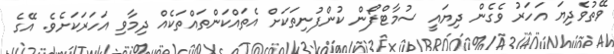
ވޭތުވެދިޔަ އަހަރު ވެގެން ދިޔައީ ސުމާޓްފޯން ކުންފުނިތަކަށް އެތައްކަންތައްތަކެއް ދިމާވި އަހަރަކަށެވެ. އޭގެ